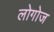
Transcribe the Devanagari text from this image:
लोगोज